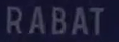
RABAT